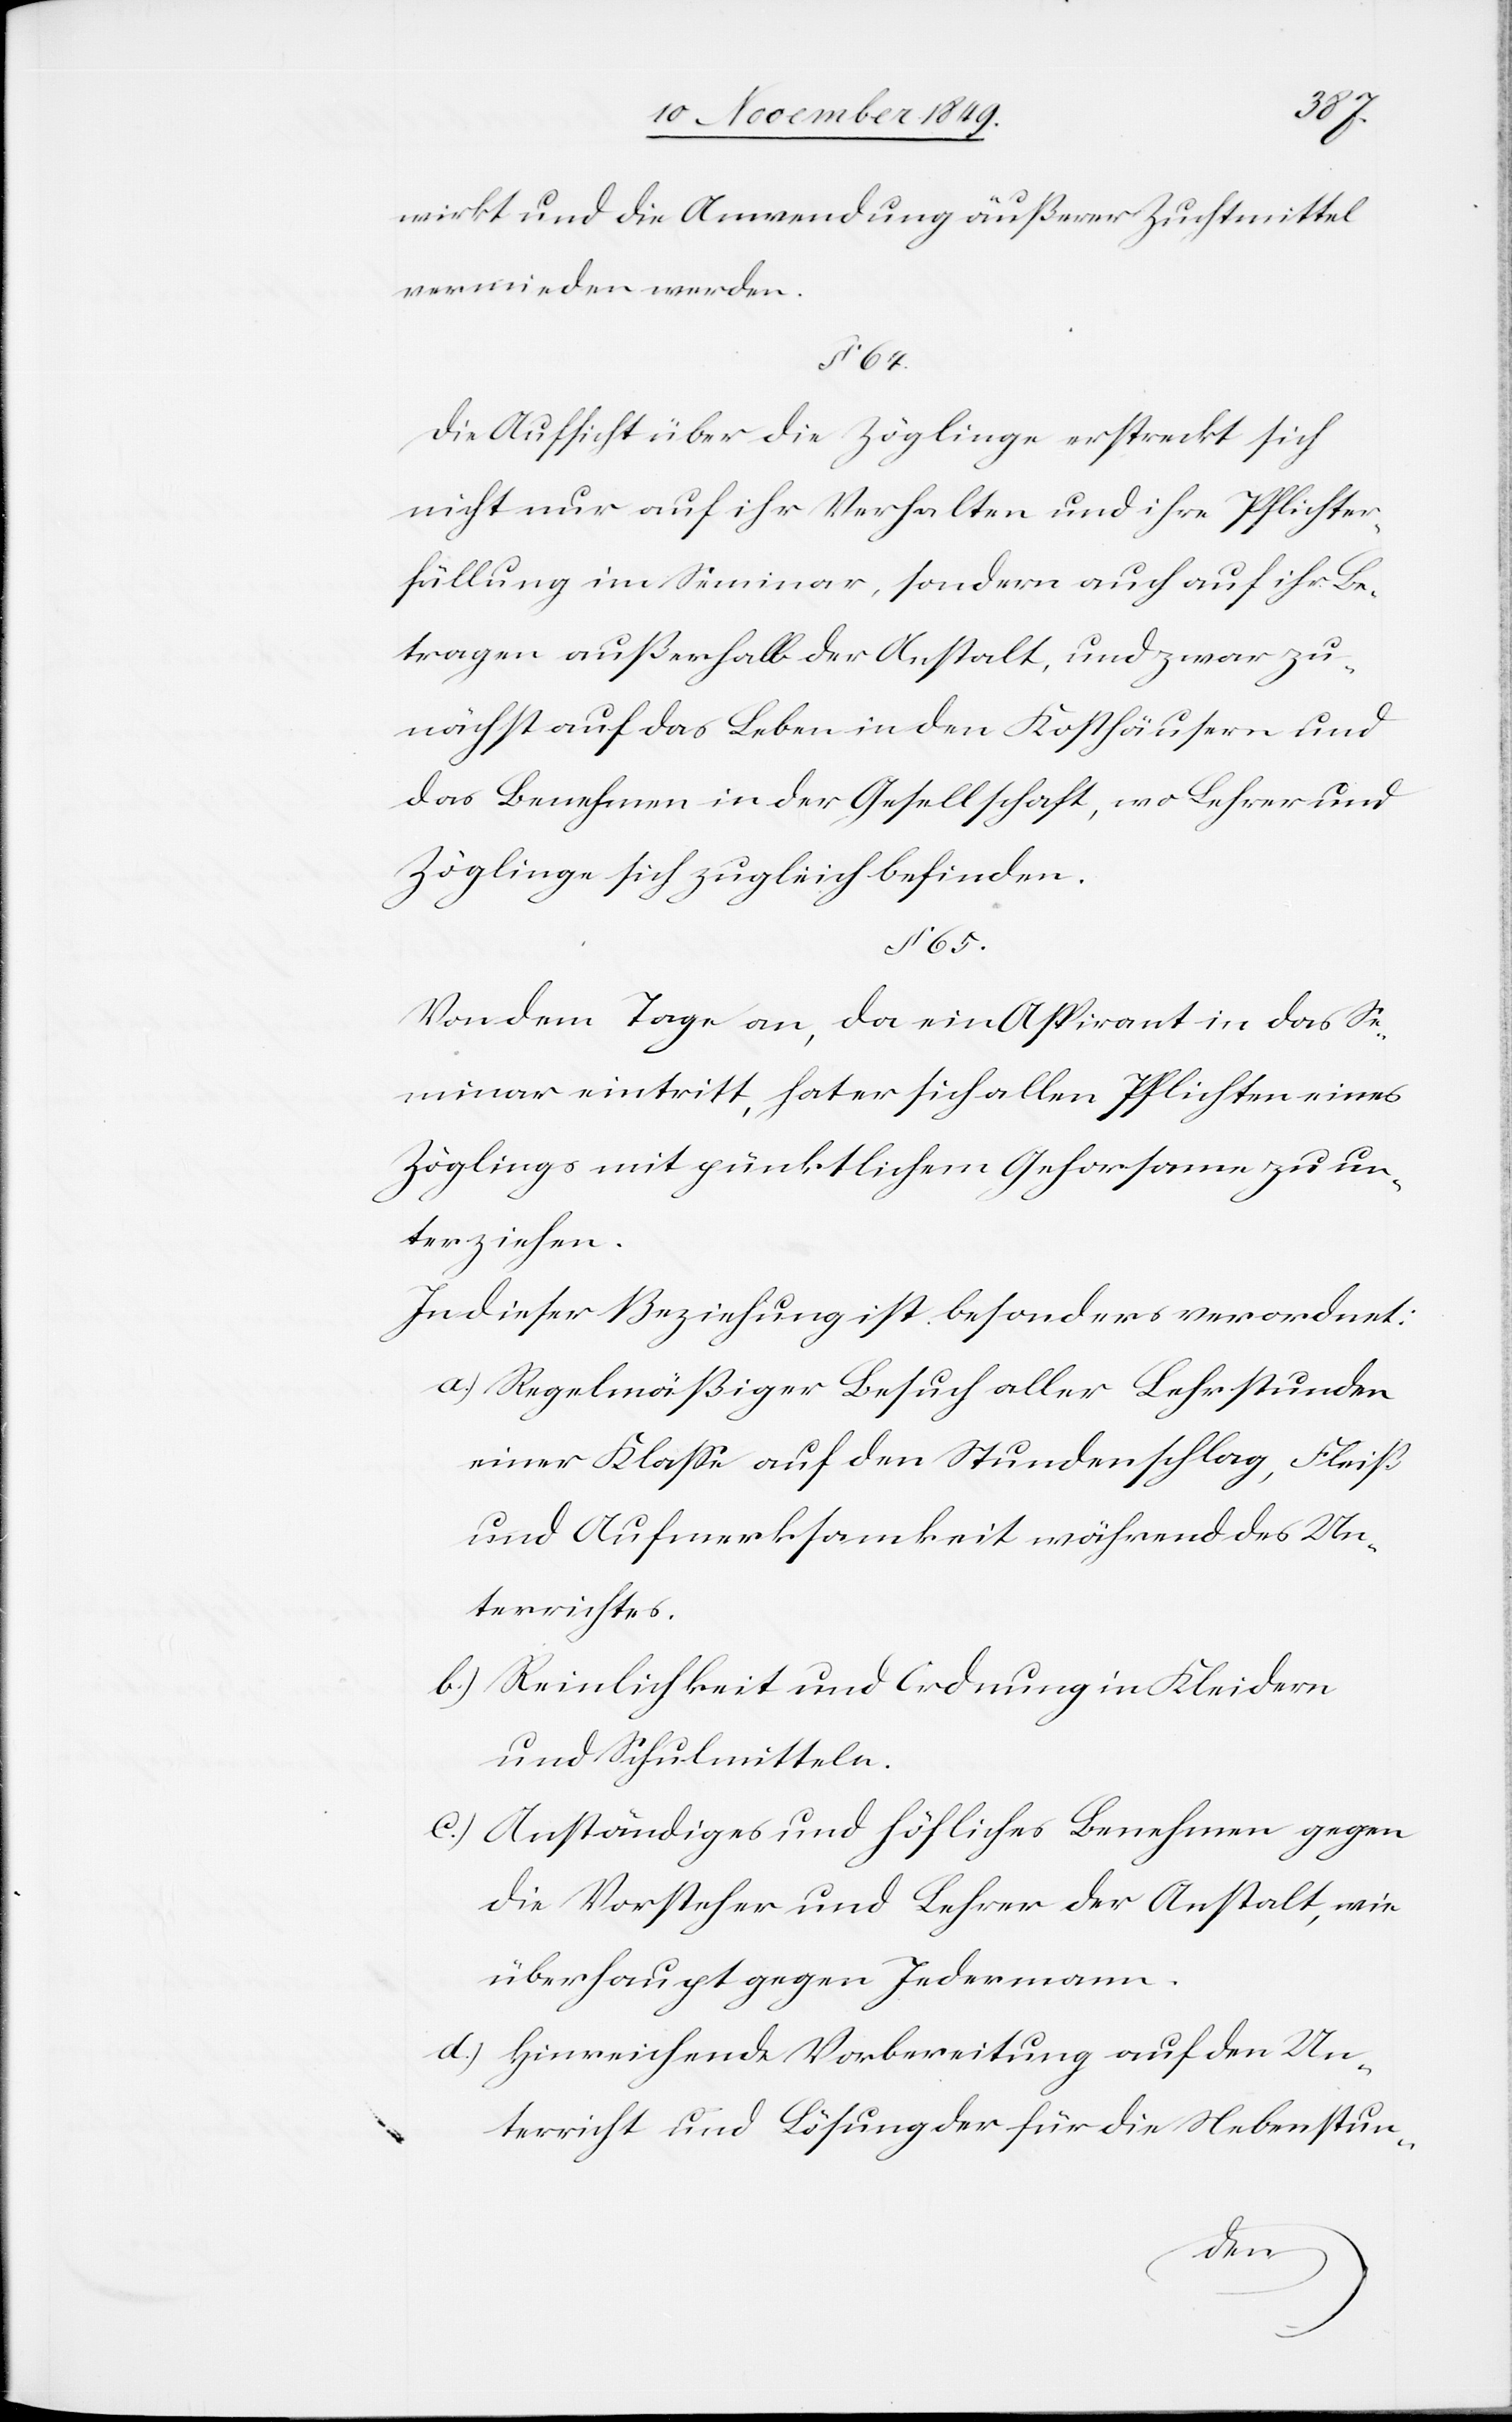
wirkt und die Anwendung äußerer Zuchtmittel
vermieden werden.
§ 64.
Die Aufsicht über die Zöglinge erstreckt sich
nicht nur auf ihr Verhalten und ihre Pflichter¬
füllung im Seminar, sondern auch auf ihr Be¬
tragen außerhalb der Anstalt, und zwar zu¬
nächst auf das Leben in den Kosthäusern und
das Benehmen in der Gesellschaft, wo Lehrer und
Zöglinge sich zugleich befinden.
§ 65.
Von dem Tage an, da ein Aspirant in das Se¬
minar eintritt, hat er sich allen Pflichten eines
Zöglings mit pünktlichem Gehorsame zu un¬
terziehen.
In dieser Beziehung ist besonders verordnet:
a.) Regelmäßiger Besuch aller Lehrstunden
einer Klaße auf den Stundenschlag, Fleiß
und Aufmerksamkeit während des Un¬
terrichtes.
b.) Reinlichkeit und Ordnung in Kleidern
und Schulmitteln.
c.) Anständiges und höfliches Benehmen gegen
die Vorsteher und Lehrer der Anstalt, wie
überhaupt gegen Jedermann.
d.) Hinreichende Vorbereitung auf den Un¬
terricht und Lösung der für die Nebenstun-